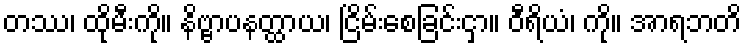
တဿ၊ ထိုမီးကို။ နိဗ္ဗာပနတ္ထာယ၊ ငြိမ်းစေခြင်းငှာ။ ဝီရိယံ၊ ကို။ အာရဘတိ